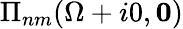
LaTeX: \Pi_{nm}(\Omega+i0,\mathbf{0})